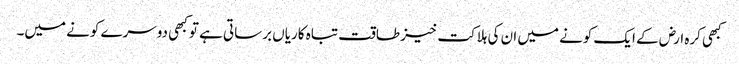
کبھی کرہ ارض کے ایک کونے میں ان کی ہلاکت خیز طاقت تباہ کاریاں برساتی ہے تو کبھی دوسرے کونے میں۔